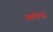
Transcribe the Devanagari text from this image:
अंतत्र